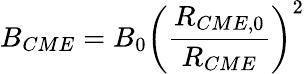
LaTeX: B_{CME}=B_{0}\left(\frac{R_{CME,0}}{R_{CME}}\right)^{2}